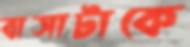
বাসাটাকে